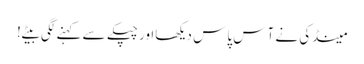
مینڈکی نے آس پاس دیکھااور چپکے سے کہنے لگی بیٹے!